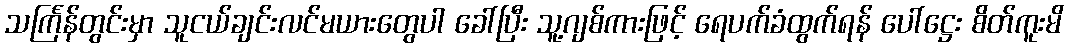
သင်္ကြန်တွင်းမှာ သူငယ်ချင်းလင်မယားတွေပါ ခေါ်ပြီး သူ့ဂျစ်ကားဖြင့် ရေပက်ခံထွက်ရန် ပေါ်ဋ္ဌေး စိတ်ကူးမိ